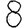
Digit: 8